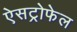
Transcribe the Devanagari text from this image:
ऐसट्रोफेल